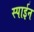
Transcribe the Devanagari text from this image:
स्पाईन